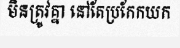
មិនត្រូវគ្នា នៅតែប្រកែកយក